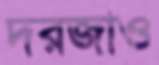
দরজাও